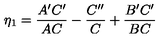
\eta _ { 1 } = { \frac { A ^ { \prime } C ^ { \prime } } { A C } } - { \frac { C ^ { \prime \prime } } { C } } + { \frac { B ^ { \prime } C ^ { \prime } } { B C } }